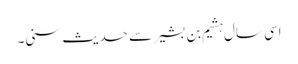
اسی سال ہشیم بن بشیر سے حدیث سنی۔